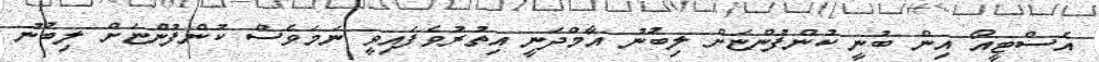
އެސްޓީއޯ އިން ބުނީ ކުންފުންޏަށް ލިބުނު އާމްދަނީ އިތުރުވެފައިވީ ނަމަވެސް ކުންފުންޏަށް ލިބުނު